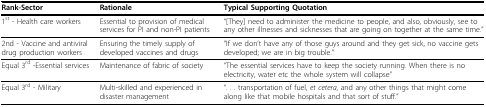
| Rank-Sector | Rationale | Typical Supporting Quotation |
 | --- | --- | --- |
 | 1st - Health care workers | Essential to provision of medical services for PI and non-PI patients | "[They] need to administer the medicine to people, and also, obviously, see to any other illnesses and sicknesses that are going on together at the same time." |
 | 2nd - Vaccine and antiviral drug production workers | Ensuring the timely supply of developed vaccines and drugs | "If we don't have any of those guys around and they get sick, no vaccine gets developed; we are in big trouble." |
 | Equal 3rd -Essential services | Maintenance of fabric of society | "The essential services have to keep the society running. When there is no electricity, water etc the whole system will collapse" |
 | Equal 3rd - Military | Multi-skilled and experienced in disaster management | ". . . transportation of fuel, et cetera, and any other things that might come along like that mobile hospitals and that sort of stuff." |